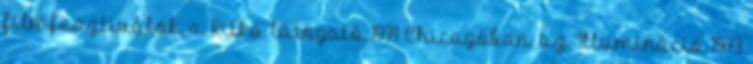
filmfesztiválok, a Ritka látogató 1971 Chicagóban, az Illumináció 1973